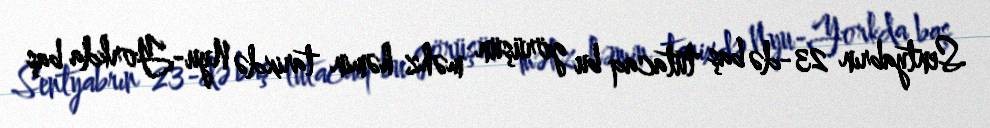
Sentyabrın 23-də baş tutacaq bu görüşün məhz həmin tarixdə Nyu-Yorkda baş